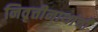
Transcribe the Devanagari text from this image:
निवृत्तीनाथांची